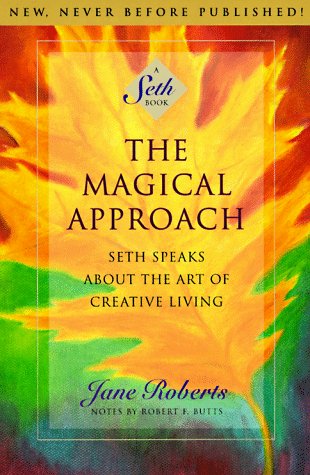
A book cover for The Magical Approach: Seth Speaks About the Art of Creative Living (A Seth Book); Seth; Politics & Social Sciences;